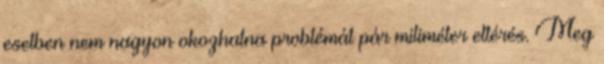
esetben nem nagyon okozhatna problémát pár miliméter eltérés. Meg